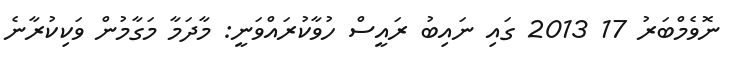
ނޮވެމްބަރު 17 2013 ގައި ނައިބު ރައީސް ހުވާކުރައްވަނީ: މާދަމާ މަގާމުން ވަކިކުރާނެ